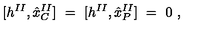
\lbrack h ^ { I I } , { \hat { x } } _ { C } ^ { I I } ] \ = \ [ h ^ { I I } , { \hat { x } } _ { P } ^ { I I } ] \ = \ 0 \ ,